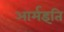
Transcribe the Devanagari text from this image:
आर्मइति